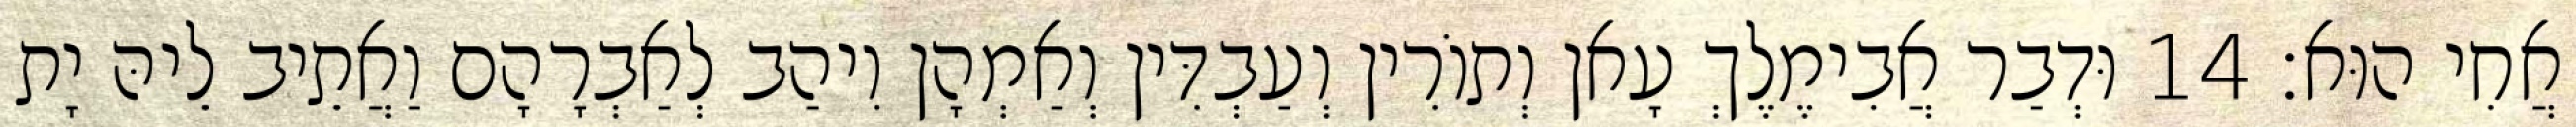
אֲחִי הוּא׃ 14 וּדְבַר אֲבִימֶלֶךְ עָאן וְתוֹרִין וְעַבְדִּין וְאַמְהָן וִיהַב לְאַבְרָהָם וַאֲתֵיב לֵיהּ יָת